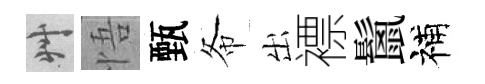
艸悟甄𢁙出褾鬛補